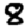
Digit: 8